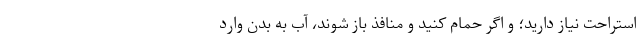
استراحت نیاز دارید؛ و اگر حمام کنید و منافذ باز شوند، آب به بدن وارد